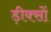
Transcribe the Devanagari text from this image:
ड़ीक्सों